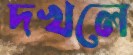
দখলে